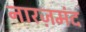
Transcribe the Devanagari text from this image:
नारज़मंद